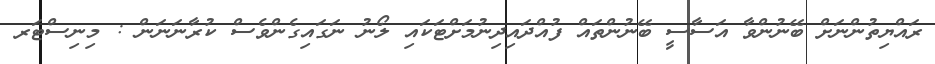
ރައްޔިތުންނަށް ބޭނުންވާ އަސާސީ ބޭނުންތައް ފުއްދައިދިނުމަށްޓަކައި ލޯނު ނަގައިގެންވެސް ކުރާނަނަން : މިނިސްޓަރ